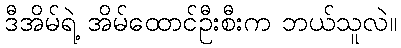
ဒီအိမ်ရဲ့ အိမ်ထောင်ဦးစီးက ဘယ်သူလဲ။